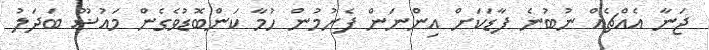
ޖަނާ އެއްޗެއް ނުބުނެ ފާޑަކަށް އިންނަން ފެށުމުން ހުމާ ކަންބޮޑުވެގެން މައުޟޫ ބަދަލު